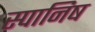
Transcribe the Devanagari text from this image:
स्पानिष